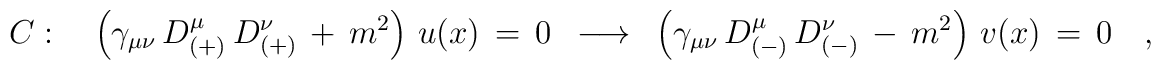
C:\quad\left(\gamma_{\mu\nu}\,D^\mu_{(+)}\,D^\nu_{(+)}\,+\,m^2\right)\,u(x)\,=\,0\,\,\,\longrightarrow\,\,\,\left(\gamma_{\mu\nu}\,D^\mu_{(-)}\,D^\nu_{(-)}\,-\,m^2\right)\,v(x)\,=\,0\quad,